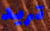
تريد